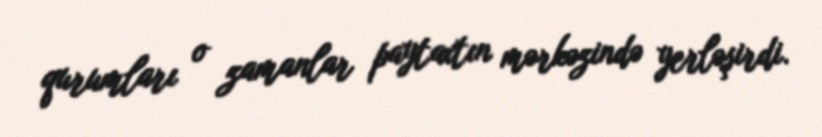
qurumları o zamanlar paytaxtın mərkəzində yerləşirdi.